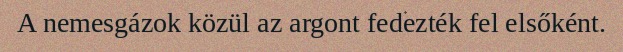
A nemesgázok közül az argont fedezték fel elsőként.